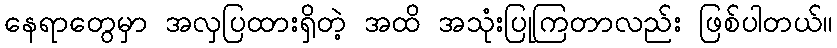
နေရာတွေမှာ အလှပြထားရှိတဲ့ အထိ အသုံးပြုကြတာလည်း ဖြစ်ပါတယ်။